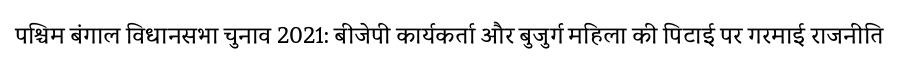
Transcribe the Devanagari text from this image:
पश्चिम बंगाल विधानसभा चुनाव 2021: बीजेपी कार्यकर्ता और बुजुर्ग महिला की पिटाई पर गरमाई राजनीति